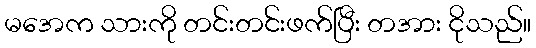
မအေက သားကို တင်းတင်းဖက်ပြီး တအား ငိုသည်။